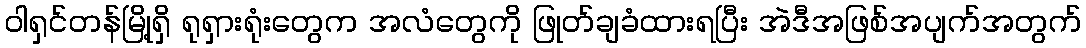
ဝါရှင်တန်မြို့ရှိ ရုရှားရုံးတွေက အလံတွေကို ဖြုတ်ချခံထားရပြီး အဲဒီအဖြစ်အပျက်အတွက်